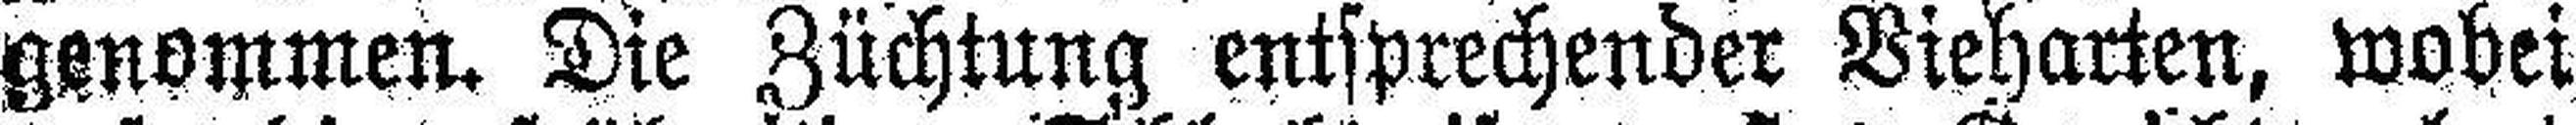
genommen. Die Züchtung entsprechender Vieharten, wobei